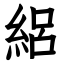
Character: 絽